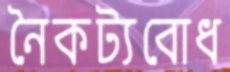
নৈকট্যবোধ